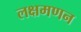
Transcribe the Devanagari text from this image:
लक्षमणन